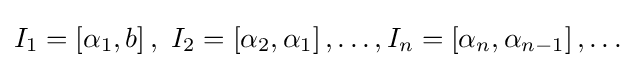
I_{1}=\left[\alpha _{1},b\right],\ I_{2}=\left[\alpha _{2},\alpha _{1}\right],\ldots ,I_{n}=\left[\alpha _{n},\alpha _{n-1}\right],\ldots